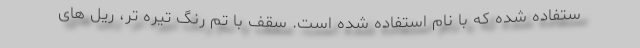
ستفاده شده که با نام استفاده شده است. سقف با تم رنگ تیره تر، ریل های